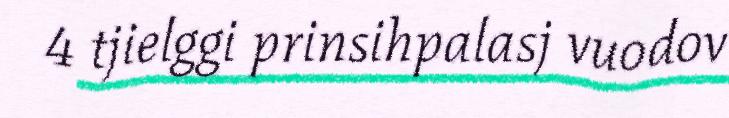
4 tjielggi prinsihpalasj vuodov